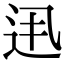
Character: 𨑽